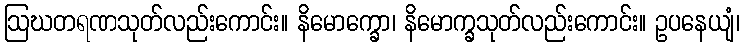
ဩဃတရဏသုတ်လည်းကောင်း။ နိမောက္ခော၊ နိမောက္ခသုတ်လည်းကောင်း။ ဥပနေယျံ၊